Sketch of the medical history of the native army of Bombay, for the year
Year: 1870
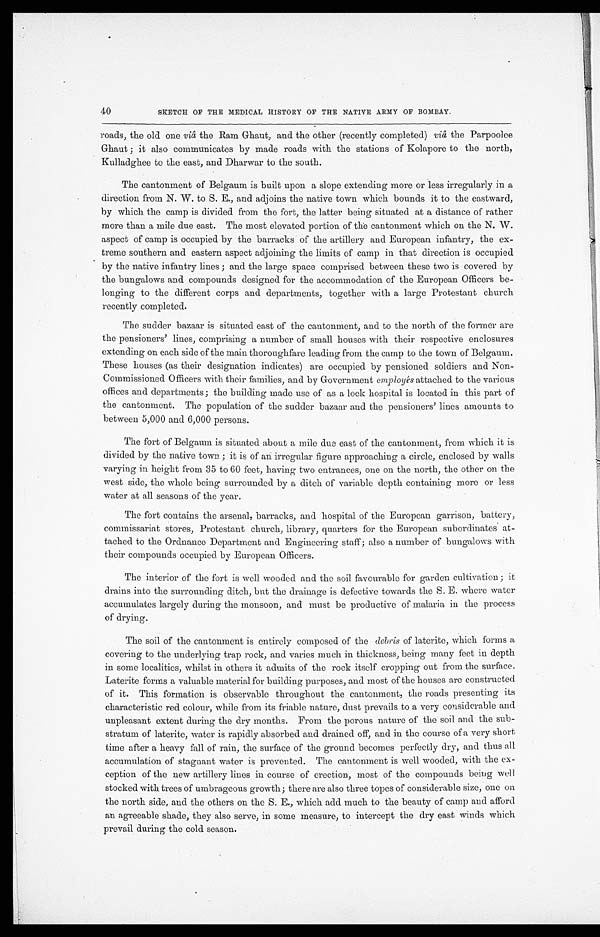
40
SKETCH OF THE MEDICAL HISTORY OF THE NATIVE ARMY OF BOMBAY.
roads, the old one viâ the Ram Ghaut, and the other (recently completed) viâ the Parpoolee
Ghaut; it also communicates by made roads with the stations of Kolapore to the north,
Kulladghee to the east, and Dharwar to the south.
The cantonment of Belgaum is built upon a slope extending more or less irregularly in a
direction from N. W. to S. E., and adjoins the native town which bounds it to the eastward,
by which the camp is divided from the fort, the latter being situated at a distance of rather
more than a mile due east. The most elevated portion of the cantonment which on the N. W.
aspect of camp is occupied by the barracks of the artillery and European infantry, the ex
-treme southern and eastern aspect adjoining the limits of camp in that direction is occupied
by the native infantry lines; and the large space comprised between these two is covered by
the bungalows and compounds designed for the accommodation of the European Officers be
-longing to the different corps and departments, together with a large Protestant church
recently completed.
The sudder bazaar is situated east of the cantonment, and to the north of the former are
the pensioners' lines, comprising a number of small houses with their respective enclosures
extending on each side of the main thoroughfare leading from the camp to the town of Belgaum.
These houses (as their designation indicates) are occupied by pensioned soldiers and Non
-Commissioned Officers with their families, and by Government employés attached to the various
offices and departments; the building made use of as a lock hospital is located in this part of
the cantonment. The population of the sudder bazaar and the pensioners' lines amounts to
between 5,000 and 6,000 persons.
The fort of Belgaum is situated about a mile due east of the cantonment, from which it is
divided by the native town; it is of an irregular figure approaching a circle, enclosed by walls
varying in height from 35 to 60 feet, having two entrances, one on the north, the other on the
west side, the whole being surrounded by a ditch of variable depth containing more or less
water at all seasons of the year.
The fort contains the arsenal, barracks, and hospital of the European garrison, battery,
commissariat stores, Protestant church, library, quarters for the European subordinates at
- t a c h e d t o t h e O r d n a n c e D e p a r t m e n t a n d E n g i n e e r i n g s t a f f ; a l s o a n u m b e r o f b u n g a l o w s w i t h
their compounds occupied by European Officers.
The interior of the fort is well wooded and the soil favourable for garden cultivation; it
drains into the surrounding ditch, but the drainage is defective towards the S. E. where water
accumulates largely during the monsoon, and must be productive of malaria in the process
of drying.
The soil of the cantonment is entirely composed of the debris of laterite, which forms a
covering to the underlying trap rock, and varies much in thickness, being many feet in depth
in some localities, whilst in others it admits of the rock itself cropping out from the surface.
Laterite forms a valuable material for building purposes, and most of the houses are constructed
of it. This formation is observable throughout the cantonment, the roads presenting its
characteristic red colour, while from its friable nature, dust prevails to a very considerable and
unpleasant extent during the dry months. From the porous nature of the soil and the sub
- s t r a t u m o f l a t e r i t e , w a t e r i s r a p i d l y a b s o r b e d a n d d r a i n e d o f f , a n d i n t h e c o u r s e o f a v e r y s h o r t
time after a heavy fall of rain, the surface of the ground becomes perfectly dry, and thus all
accumulation of stagnant water is prevented. The cantonment is well wooded, with the ex
- c e p t i o n o f t h e n e w a r t i l l e r y l i n e s i n c o u r s e o f e r e c t i o n , m o s t o f t h e c o m p o u n d s b e i n g w e l l
stocked with trees of umbrageous growth; there are also three topes of considerable size, one on
the north side, and the others on the S. E., which add much to the beauty of camp and afford
an agreeable shade, they also serve, in some measure, to intercept the dry east winds which
prevail during the cold season.